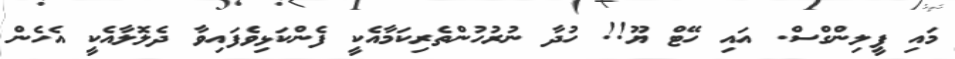
މައި ފީލިންގްސް. އައި ހޭޓް ޔޫ!! ހުދާ ނުރުހުންތެރިކަމާއެކީ ފެންކަޅިވެފައިވާ ދެލޮލާއެކީ އެހެން